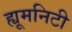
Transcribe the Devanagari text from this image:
ह्यूमनिटी